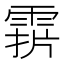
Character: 𩃑